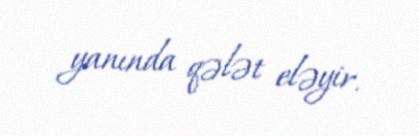
yanında qələt eləyir.